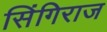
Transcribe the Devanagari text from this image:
सिंगिराज